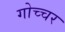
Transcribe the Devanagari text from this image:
गोच्चर